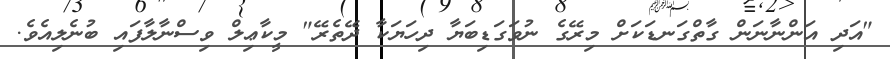
"އަދި އަންނާނަން ގާތްގަނޑަކަށް މިރޭގެ ނުވަގަޑިބަޔާ ދިހަޔަކާ ދޭތެރޭ" މީކާޢިލް ވިސްނާލާފައި ބުނެލިއެވެ.